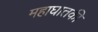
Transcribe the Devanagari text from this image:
महाघातकी